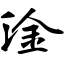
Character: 淦